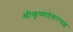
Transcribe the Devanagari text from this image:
श्रीकृष्णदेवरायश्च